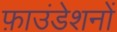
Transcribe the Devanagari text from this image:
फ़ाउंडेशनों